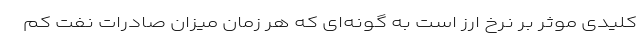
کلیدی موثر بر نرخ ارز است به گونه‌ای که هر زمان میزان صادرات نفت کم